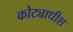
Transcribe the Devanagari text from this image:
कोट्याधीश